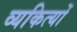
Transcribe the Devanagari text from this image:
व्यकित्यों